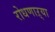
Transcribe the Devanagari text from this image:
रोधणाऱ्या